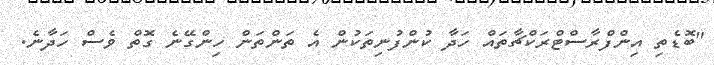
"ބޮޑެތި އިންފްރާސްޓްރަކްޗާތައް ހަދާ ކުންފުނިތަކުން އެ ތަންތަން ހިންގޭނެ ގޮތް ވެސް ހަދާނެ.